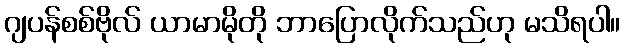
ဂျပန်စစ်ဗိုလ် ယာမာမိုတို ဘာပြောလိုက်သည်ဟု မသိရပါ။